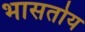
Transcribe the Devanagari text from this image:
भासतोय